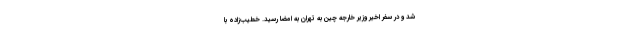
شد و در سفر اخیر وزیر خارجه چین به تهران به امضا رسید. خطیب‌زاده با